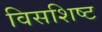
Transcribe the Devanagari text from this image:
विसशिष्ट